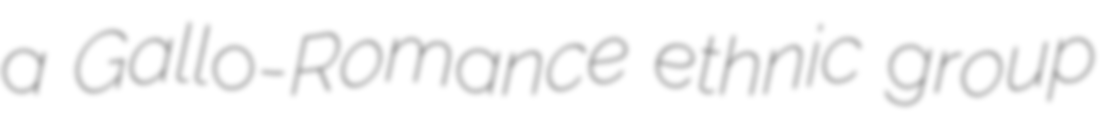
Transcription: a Gallo-Romance ethnic group